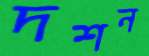
দশন